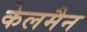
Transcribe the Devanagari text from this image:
केलमैन